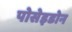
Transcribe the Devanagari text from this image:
पोसेइडोन